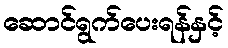
ဆောင်ရွက်ပေးရန်နှင့်